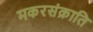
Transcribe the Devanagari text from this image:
मकरसंक्राति